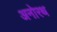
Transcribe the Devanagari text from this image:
अनोरथ